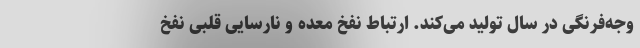
وجه‌فرنگی در سال تولید می‌کند. ارتباط نفخ معده و نارسایی قلبی نفخ